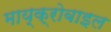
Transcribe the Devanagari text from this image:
माय्क्रोबाइल